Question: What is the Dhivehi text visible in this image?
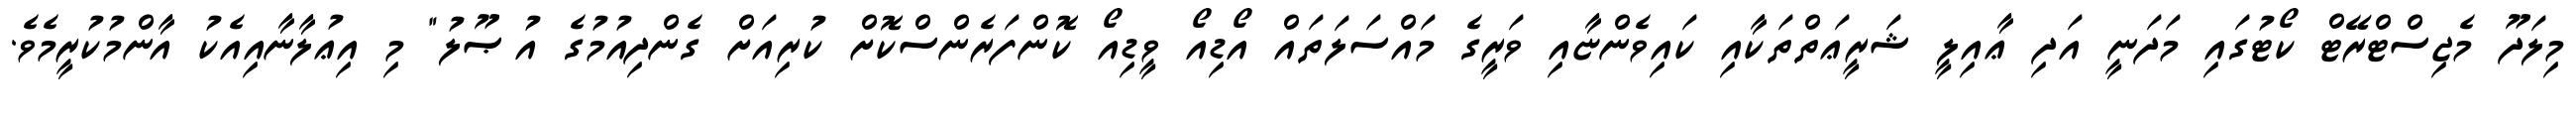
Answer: މިލަދޫ މެޖިސްޓްރޭޓް ކޯޓުގައި މަދަނީ އަދި ޢާއިލީ ޝަރީޢަތްތަކާއި ކައިވެންޏާއި ވަރީގެ މައްސަލަތައް އޯޑިއޯ ވީޑިއޯ ކޮންފަރެންސްކޮށް ކުރިއަށް ގެންދިއުމުގެ އުޞޫލު" މި އިޢުލާނާއިއެކު އާންމުކުރީމެވެ.